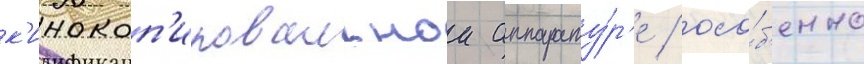
к'инокоп'ировальнои аппарату́р'е / осо́б'енно